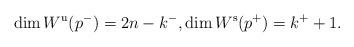
LaTeX: \begin{gather*} \dim W^{\mathrm{u}}(p^-) = 2n-k^-, \dim W^{\mathrm{s}}(p^+) = k^+ + 1. \end{gather*}